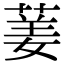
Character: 葁